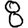
Digit: 8